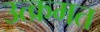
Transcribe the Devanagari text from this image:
उत्क्रमत